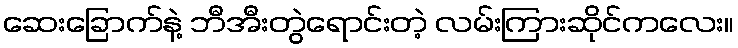
ဆေးခြောက်နဲ့ ဘီအီးတွဲရောင်းတဲ့ လမ်းကြားဆိုင်ကလေး။